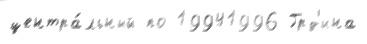
центра́льный по 19941996 Грд'ина